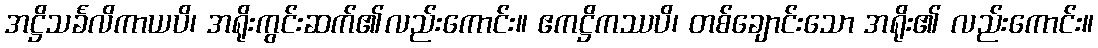
အဋ္ဌိသင်္ခလိကာယပိ၊ အရိုးကွင်းဆက်၏လည်းကောင်း။ ဧကဋ္ဌိကဿပိ၊ တစ်ချောင်းသော အရိုး၏ လည်းကောင်း။